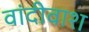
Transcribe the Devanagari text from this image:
वांदीवाश